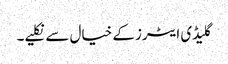
گلیڈی ایٹرز کے خیال سے نکلیے۔